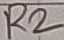
Text: R2